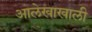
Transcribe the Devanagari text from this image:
आलेखाखाली